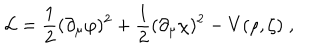
LaTeX: { \cal L } = \frac { 1 } { 2 } ( \partial _ { \mu } \varphi ) ^ { 2 } + \frac { 1 } { 2 } ( \partial _ { \mu } \chi ) ^ { 2 } - V ( \rho , \zeta ) \; ,